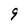
Character: 9